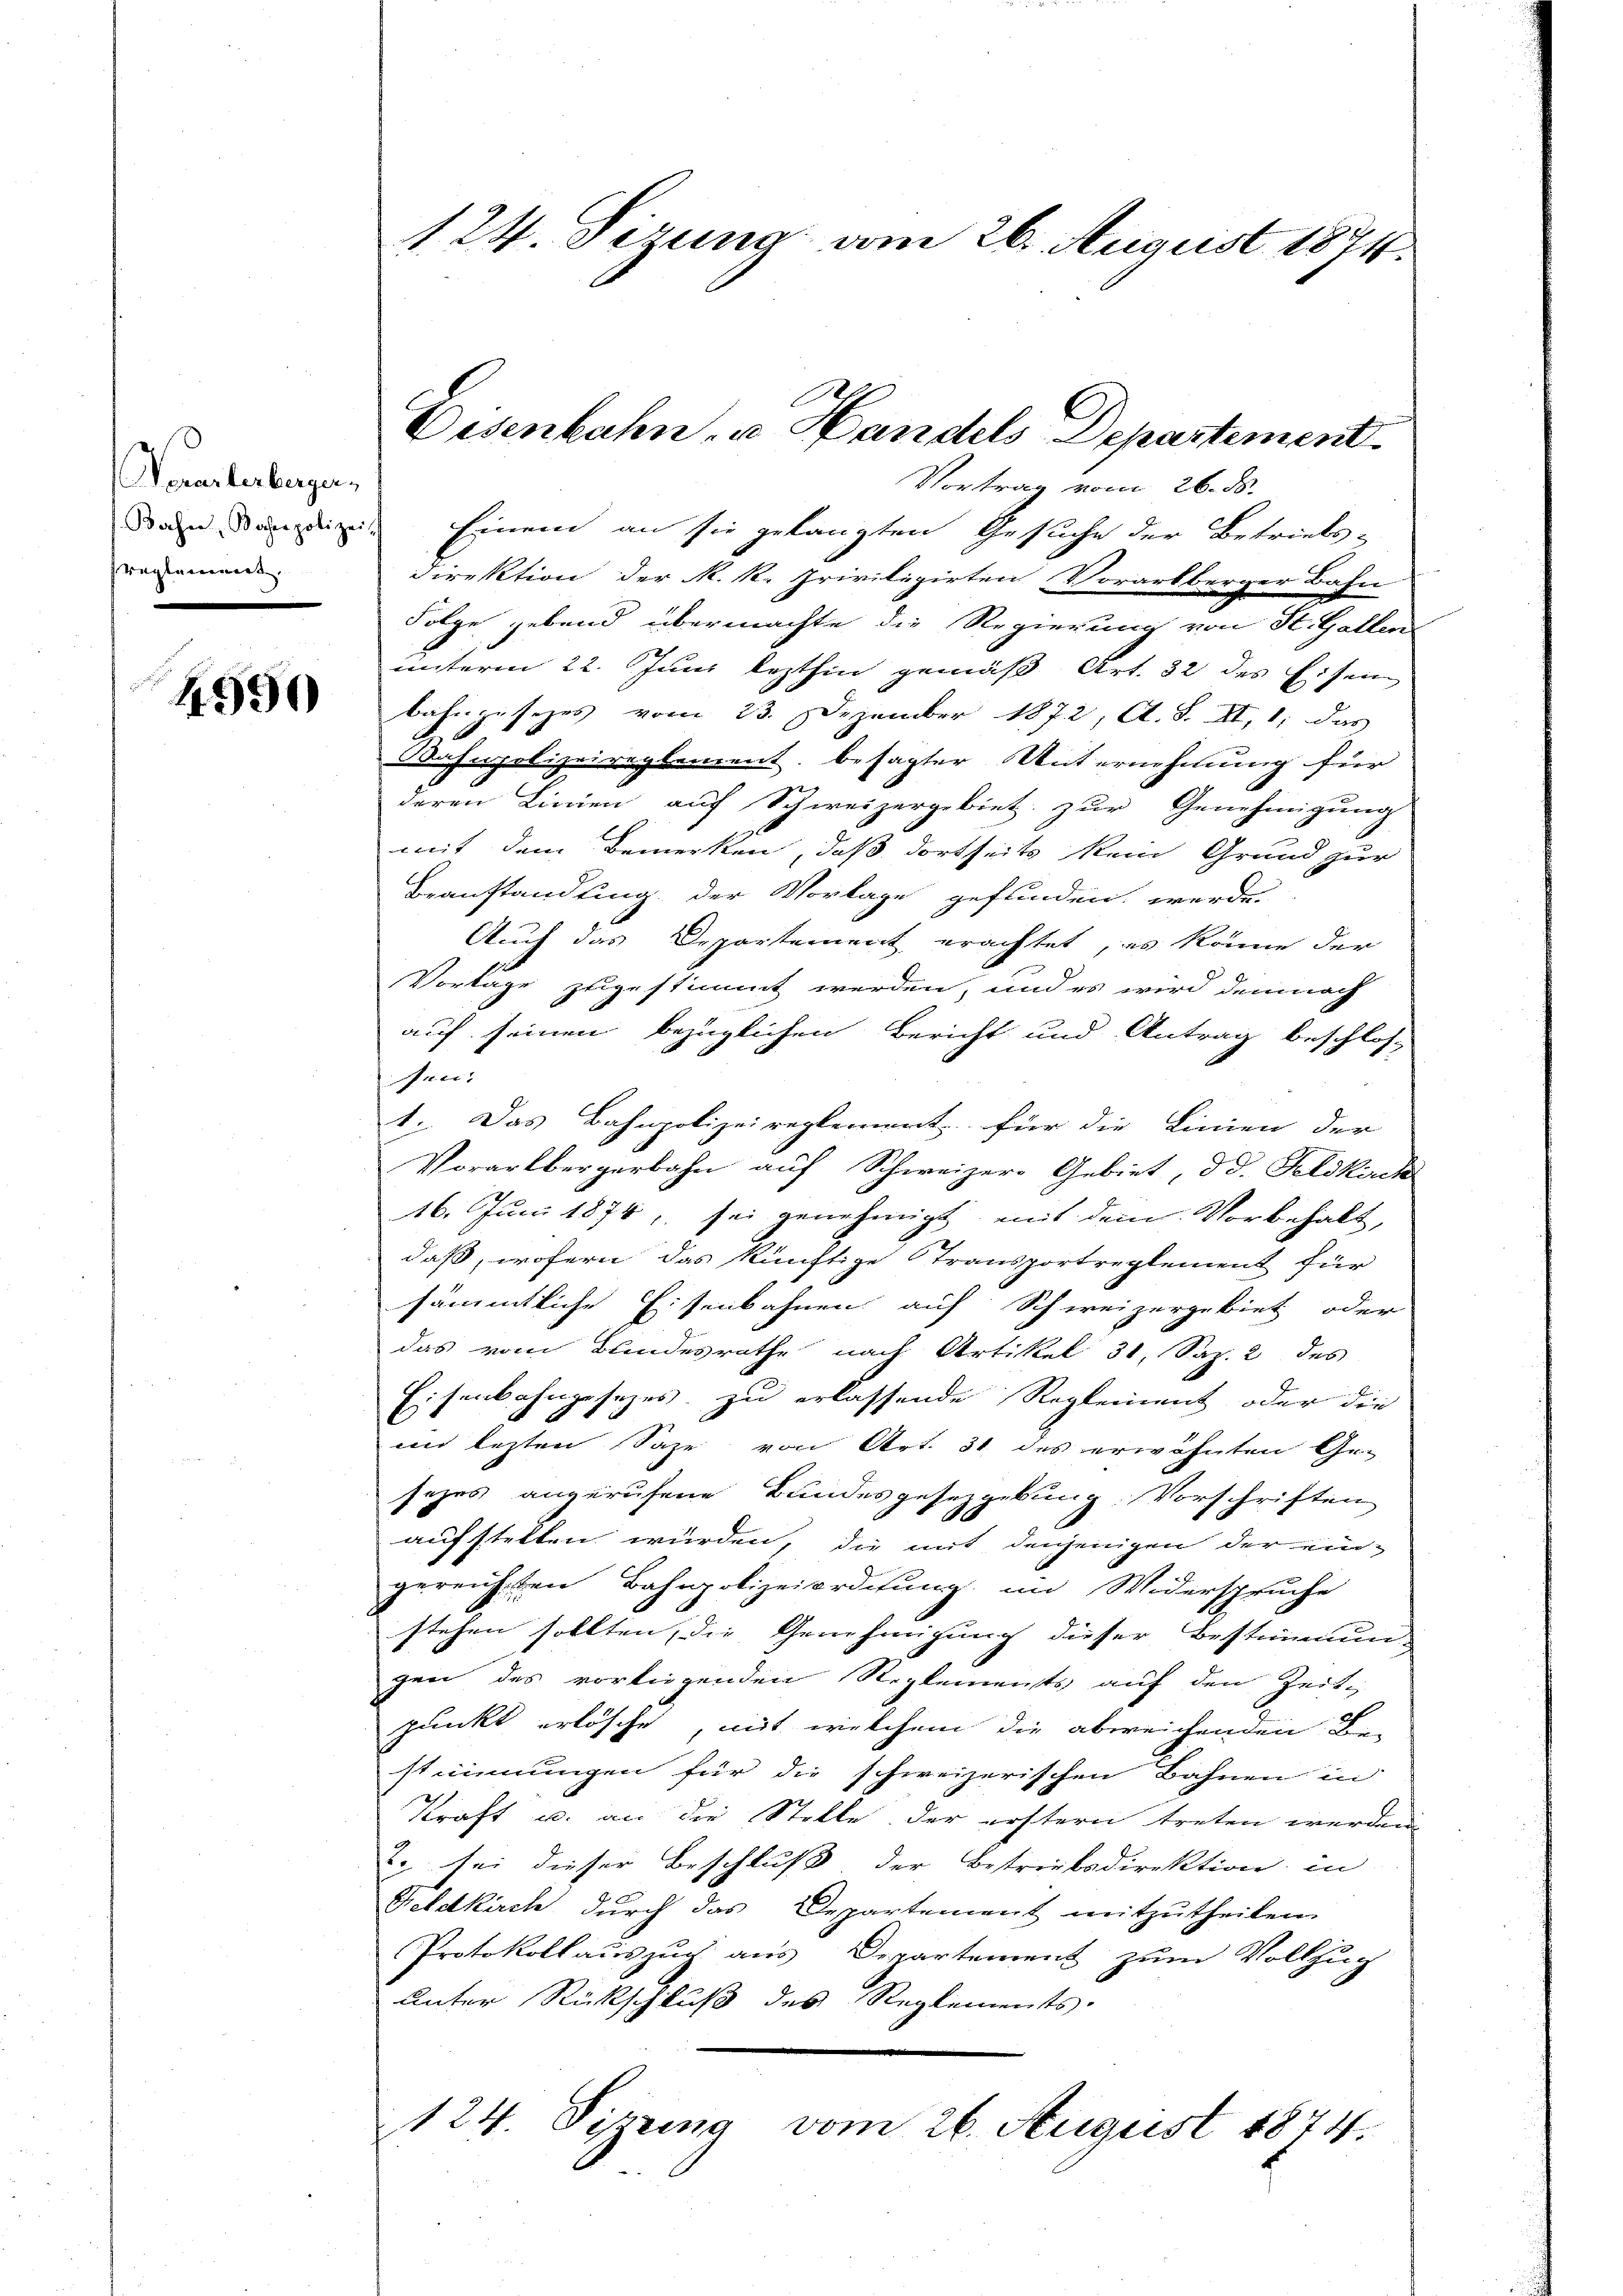
Verurterberger,
reglement.
d

4990

124. Sizung vom 26. August 1874.

Disenbahn u Handels Departement.

Vortrag vom 26. ds.
Dan dasige Einem an sie gelangten Gesuche der Betriebs-
Direktion der R. R. Privilizirten Vorarlberger Bahn
Folge gebend übermachte die Regierung von St. Gallen
unterm 22. Juni lezthin gemäß Art. 32 des Eisen
bahngesezes vom 23. Dezember 1872, Al. S. XII, 1, das
A.
Bahnpolizeireglement besagter Unternehmung für
deren Linien auf Schweizergebiet zur Genehmigung
mit dem Bemerken, daß dortseits kein Grund zur
Beanstandung der Vorlage gefunden werde.
Auch das Departement erachtet, es könne der
Vortage zugestimmt werden, und es wird demnach
auf seinen bezüglichen Bericht und Antrag beschlos-
frei.
1. Das Bahnpolizeireglement für die Linien der |
Vorarlbergerbahn auf Schweizer Gebiet, od. Feldkuch
16. Juni 1874, sei genehmigt, mit dem Vorbehalt,
daß, wofern das künftige Stransportreglement für
sämmtliche Eisenbahnen auf Schweizergebiet oder
das vom Blindesrathe nach Artikel 31, Sap. 2 des
Eisenbahngesetzes zu erlassende Reglement oder die
in lezten Sage von Art. 31 des erwähnten Ge-
sezes angerufene Bundesgesetzgebung. Vorschriften
aufstellen würden, die mit denjenigen der ein-
gereichsten Bahnpolizeiorditung im Widerspruche
stehen sollten, die Genehmigung dieser Bestimmun-
gen des vorliegenden Reglements auf den Zeit
punkt erlösche, mit welchem die abweichenden Be-
stimmungen für die schweizerischen Bahnen in
Kraft u. an die Stelle der erstern treten werden
. sei dieser Beschluß der Betriebsdirektion in
Geldkirch durch das Departement mitzutheilen.
Protokollauszuch aus Departement zum Vollzug
unter Rückschluß des Reglements-
124. Sizung vom 26. August 1874.